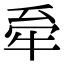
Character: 𤙋